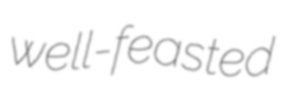
well-feasted